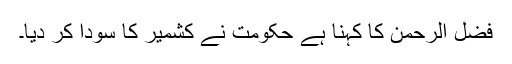
فضل الرحمٰن کا کہنا ہے حکومت نے کشمیر کا سودا کر دیا۔